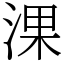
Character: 淉